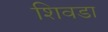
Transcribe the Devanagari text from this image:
शिवडा